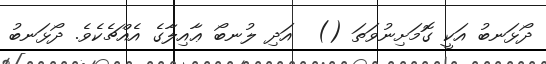
ދޯޅަނބު އަކީ ގޮމަށިނުވަތަ ()  އަދި ލުނބޯ ޢާއިލާގެ އެއްޗެކެވެ. ދޯޅަނބު